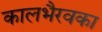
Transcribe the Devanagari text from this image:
कालभैरवका